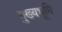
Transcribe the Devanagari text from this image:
मुख्‍यभूमि